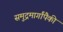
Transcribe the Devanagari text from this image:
समुद्रमार्गांपैकी